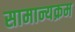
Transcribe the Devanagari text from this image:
सामान्यक्रम